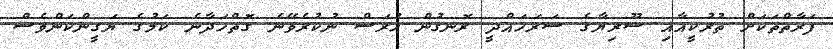
ފަރާތްތަކަށް ތުރުކީއާއި ސޫރިޔާގެ ސަރަހައްދީ ރޮނގުން ހުރަސް ނުކުރެވޭނެ ގޮތްހަދާނެ ކަމުގެ ޔަގީންކަންވެސް